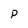
Character: P